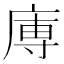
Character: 𭙥